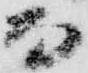
而